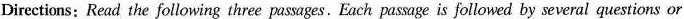
Directions:Read the following three pas ages.Each pas age is followed by several questions or